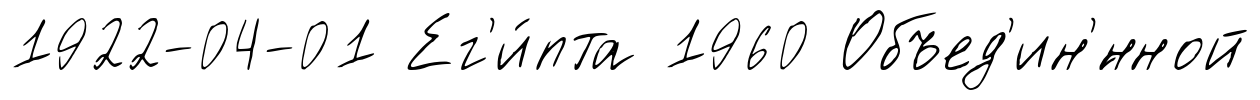
1922-04-01 Ег'и́пта 1960 Объед'ин'́нной